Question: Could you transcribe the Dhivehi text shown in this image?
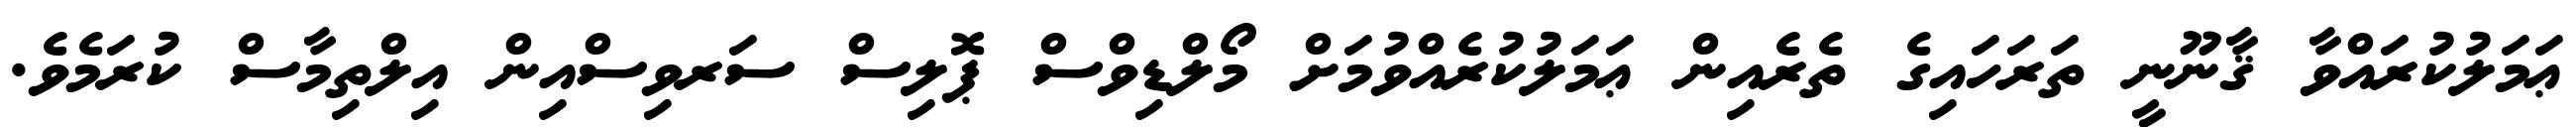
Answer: ޢަމަލުކުރައްވާ ޤާނޫނީ ތަރަހައިގެ ތެރެއިން ޢަމަލުކުރެއްވުމަށް މޯލްޑިވްސް ޕޮލިސް ސަރވިސްއިން އިލްތިމާސް ކުރަމެވެ.